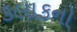
કલાકનો